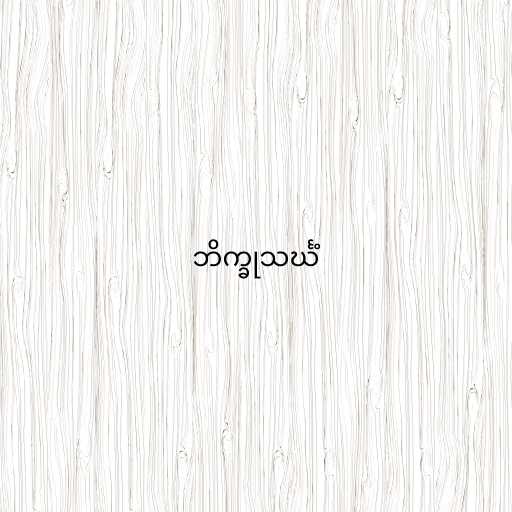
ဘိက္ခုသင်္ဃံ